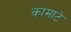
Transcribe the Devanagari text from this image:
कामाटे